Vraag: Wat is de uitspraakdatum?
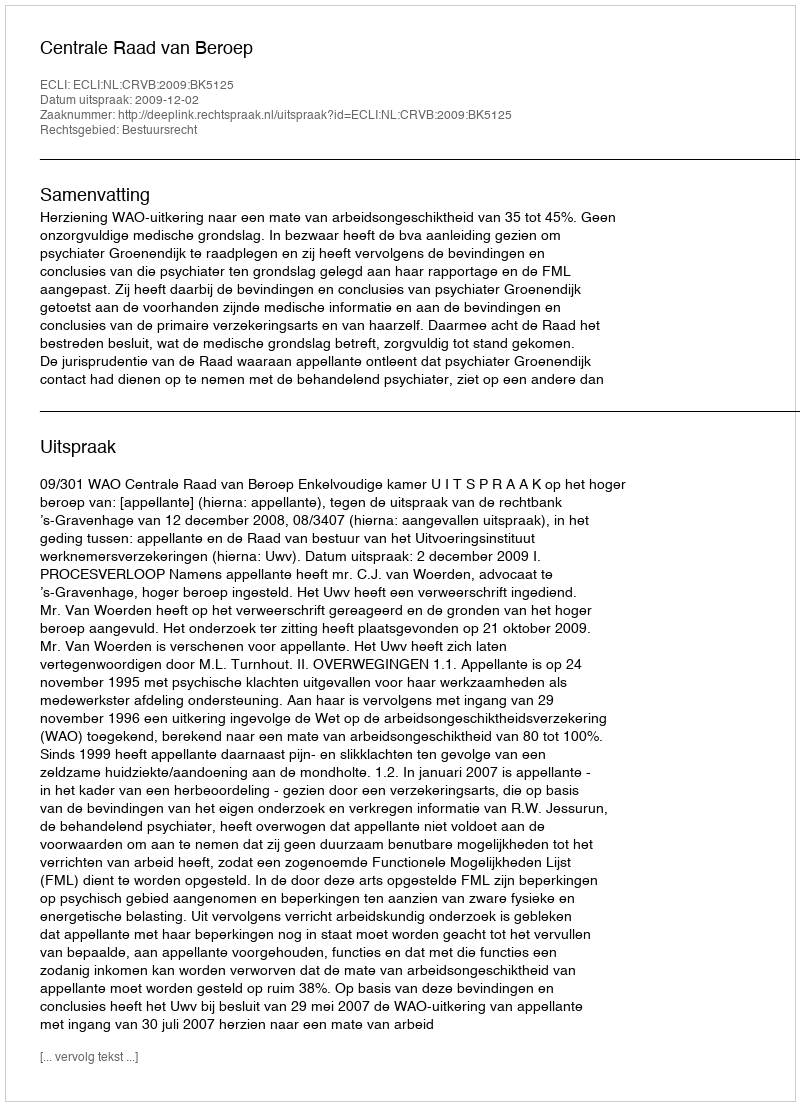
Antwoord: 2009-12-02